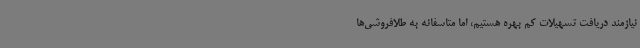
نیازمند دریافت تسهیلات کم بهره هستیم، اما متاسفانه به طلافروشی‌ها